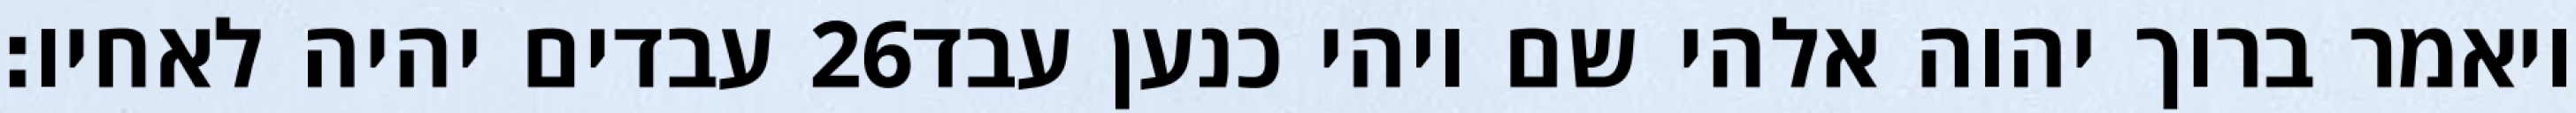
עבדים יהיה לאחיו׃ ‎26‏ ויאמר ברוך יהוה אלהי שם ויהי כנען עבד